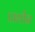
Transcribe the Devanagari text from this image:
प्राशीन